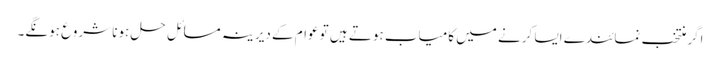
اگر منتخب نمائندے ایسا کرنے میں کامیاب ہوتے ہیں تو عوام کے دیرینہ مسائل حل ہونا شروع ہونگے۔